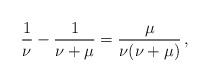
LaTeX: \begin{align*}\frac{1}{\nu } - \frac{1}{{\nu + \mu }}=\frac{\mu }{{\nu (\nu + \mu )}}\,,\end{align*}